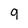
Character: 9